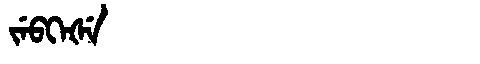
Manchu: ᠵᡝᠪᡴᡝᡧᡝ
Romanization: JEBKEŠE